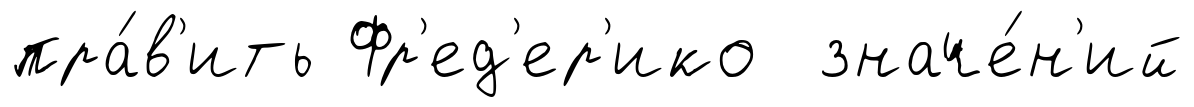
пра́в'ить Фр'ед'ер'ико значе́н'ий